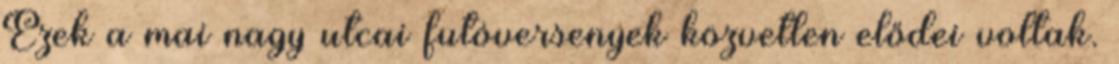
Ezek a mai nagy utcai futóversenyek közvetlen elődei voltak.